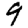
Digit: 9